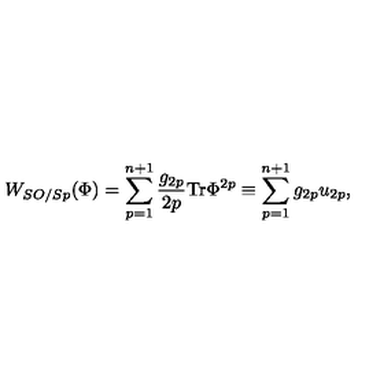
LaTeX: W _ { S O / S p } ( \Phi ) = \sum _ { p = 1 } ^ { n + 1 } \frac { g _ { 2 p } } { 2 p } \mathrm { T r } \Phi ^ { 2 p } \equiv \sum _ { p = 1 } ^ { n + 1 } g _ { 2 p } u _ { 2 p } ,